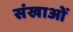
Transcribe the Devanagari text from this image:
संखाओं